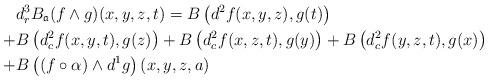
LaTeX: \begin{align*}&d^{3}_{r} B_{\mathfrak a}(f\wedge g)(x,y,z,t)=B\left( d^2f(x,y,z),g(t)\right) \\+&B\left(d^2_{c} f(x,y,t),g(z) \right)+B\left(d^2_{c} f(x,z,t),g(y) \right)+B\left(d^2_{c} f(y,z,t),g(x) \right)\\+&B\left( (f\circ \alpha)\wedge d^1g \right)(x,y,z,a)\end{align*}